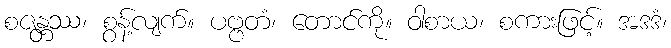
စဇန္တဿ၊ စွန့်လျက်။ ပဗ္ဗတံ၊ တောင်ကို။ ဝါစာယ၊ စကားဖြင့်။ အဒဒံ၊